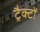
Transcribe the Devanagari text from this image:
ट्रैक्टों